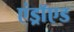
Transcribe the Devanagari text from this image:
एंड्राॅएड